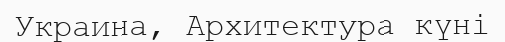
Украина, Архитектура күнi